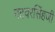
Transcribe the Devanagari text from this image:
नटवरसिंहजी